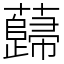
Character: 蘬